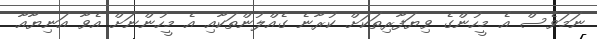
ނަމަވެސް އެ މީހުންގެ ވިޔަފާރިތަކަށް ކުރާނެ ގެއްލުންތަކާއި އެ މީހުންނަށް އެވާ އަނިޔާއާ